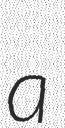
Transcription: a